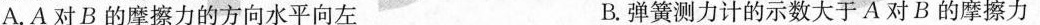
A.A对B的摩擦力的方向水平向左 B.弹簧测力计的示数大于A对B的摩擦力